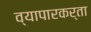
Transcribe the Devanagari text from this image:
व्यापारकर्ता